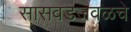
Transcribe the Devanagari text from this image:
सासवडजवळचे